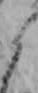
ら